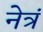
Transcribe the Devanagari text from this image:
नेत्रं